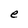
Character: e